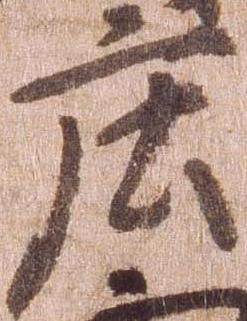
庄